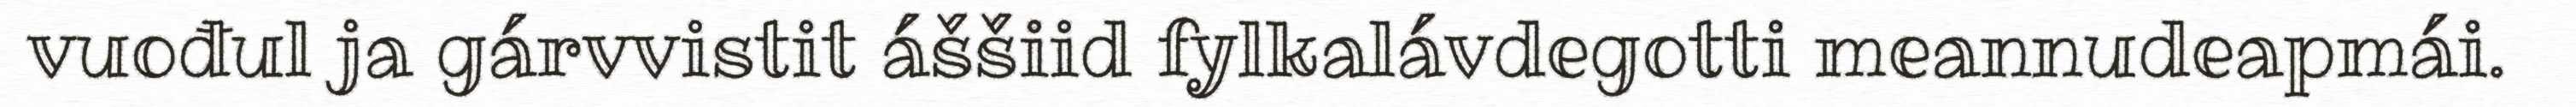
vuođul ja gárvvistit áššiid fylkalávdegotti meannudeapmái.